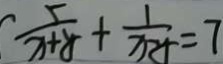
\frac { 5 } { x + y } + \frac { 1 } { x - y } = 7